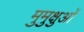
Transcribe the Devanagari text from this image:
मुमुक्षुओं